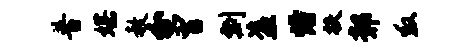
普媒赦分曾剽盗熳扶鄣救